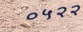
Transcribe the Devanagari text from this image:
०५२२